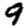
Digit: 9